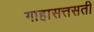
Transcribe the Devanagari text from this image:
गाहासत्तसती